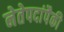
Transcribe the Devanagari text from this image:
नेतेपदांपैकी